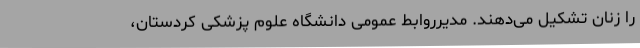
را زنان تشکیل می‌دهند. مدیرروابط عمومی دانشگاه علوم پزشکی کردستان،